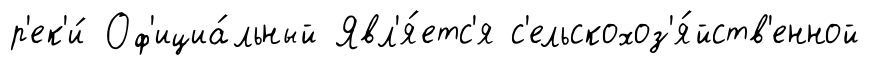
р'ек'и́ Оф'ициа́льный Явл'я́етс'я с'ельскохоз'я́йств'енной